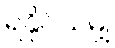
ရနိုင်သမျှ